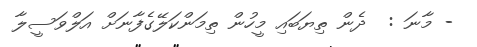
- މާނަ :  ދެން ތިޔަބައި މީހުން ތިމަންކަލޭގެފާނަށް އަލްވަސީލާ